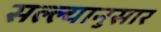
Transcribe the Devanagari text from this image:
सल्ल्‍यानुसार